Annual administration report of the Civil Veterinary Department, Sind - 1939-1940
Year: 1939
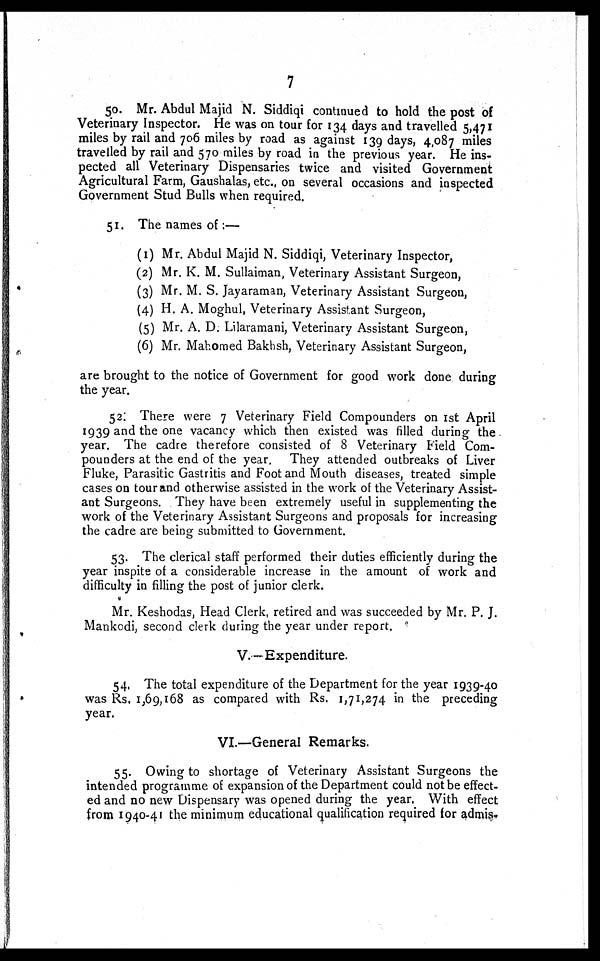
7
50. Mr. Abdul Majid N. Siddiqi continued to hold the post of
Veterinary Inspector. He was on tour for 134 days and travelled 5,471
miles by rail and 706 miles by road as against 139 days, 4,087 miles
travelled by rail and 570 miles by road in the previous year. He ins-
pected all Veterinary Dispensaries twice and visited Government
Agricultural Farm, Gaushalas, etc., on several occasions and inspected
Government Stud Bulls when required.
51. The names of:—
(1) Mr. Abdul Majid N. Siddiqi, Veterinary Inspector,
(2) Mr. K. M. Sullaiman, Veterinary Assistant Surgeon,
(3) Mr. M. S. Jayaraman, Veterinary Assistant Surgeon,
(4) H. A. Moghul, Veterinary Assistant Surgeon,
(5) Mr. A. D. Lilaramani, Veterinary Assistant Surgeon,
(6) Mr. Mahomed Bakhsh, Veterinary Assistant Surgeon,
are brought to the notice of Government for good work done during
the year.
52. There were 7 Veterinary Field Compounders on 1st April
1939 and the one vacancy which then existed was filled during the
year. The cadre therefore consisted of 8 Veterinary Field Com-
pounders at the end of the year. They attended outbreaks of Liver
Fluke, Parasitic Gastritis and Foot and Mouth diseases, treated simple
cases on tour and otherwise assisted in the work of the Veterinary Assist-
ant Surgeons. They have been extremely useful in supplementing the
work of the Veterinary Assistant Surgeons and proposals for increasing
the cadre are being submitted to Government.
53. The clerical staff performed their duties efficiently during the
year inspite of a considerable increase in the amount of work and
difficulty in filling the post of junior clerk.
Mr. Keshodas, Head Clerk, retired and was succeeded by Mr. P. J.
Mankodi, second clerk during the year under report.
V.—Expenditure.
54. The total expenditure of the Department for the year 1939-40
was Rs, 1,69,168 as compared with Rs. 1,71,274 in the preceding
year.
VI.—General Remarks.
55. Owing to shortage of Veterinary Assistant Surgeons the
intended programme of expansion of the Department could not be effect-
ed and no new Dispensary was opened during the year. With effect
from 1940-41 the minimum educational qualification required for admis.